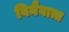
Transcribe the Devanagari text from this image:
विनैवात्त